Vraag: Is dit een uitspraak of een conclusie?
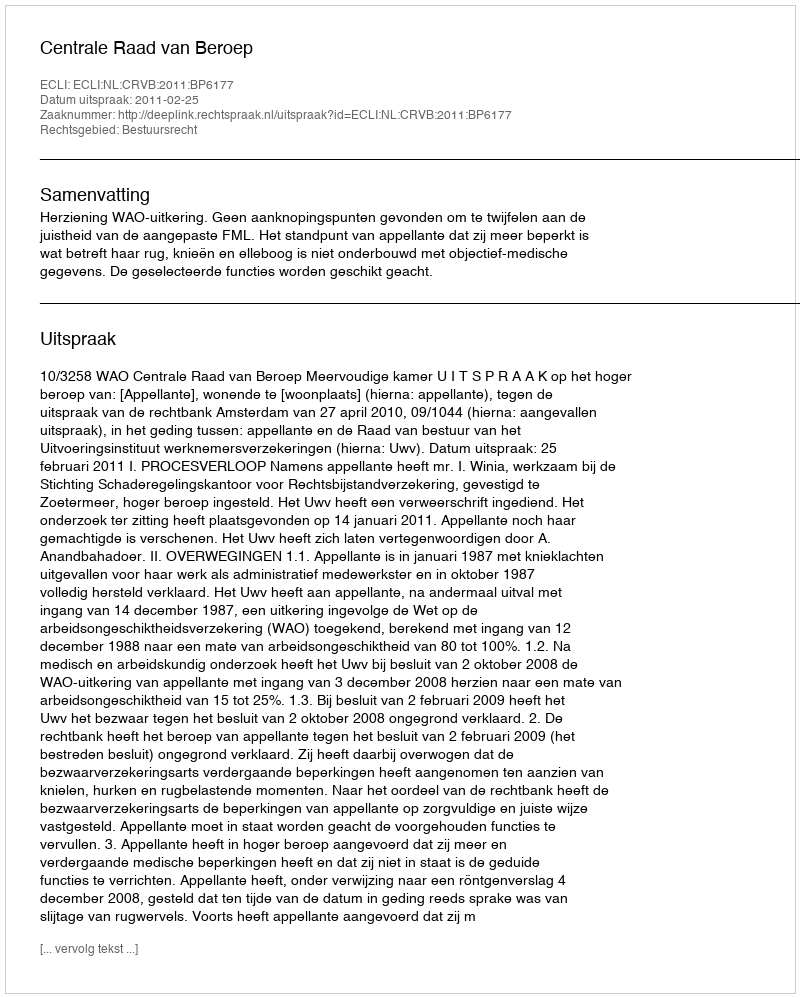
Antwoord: Uitspraak